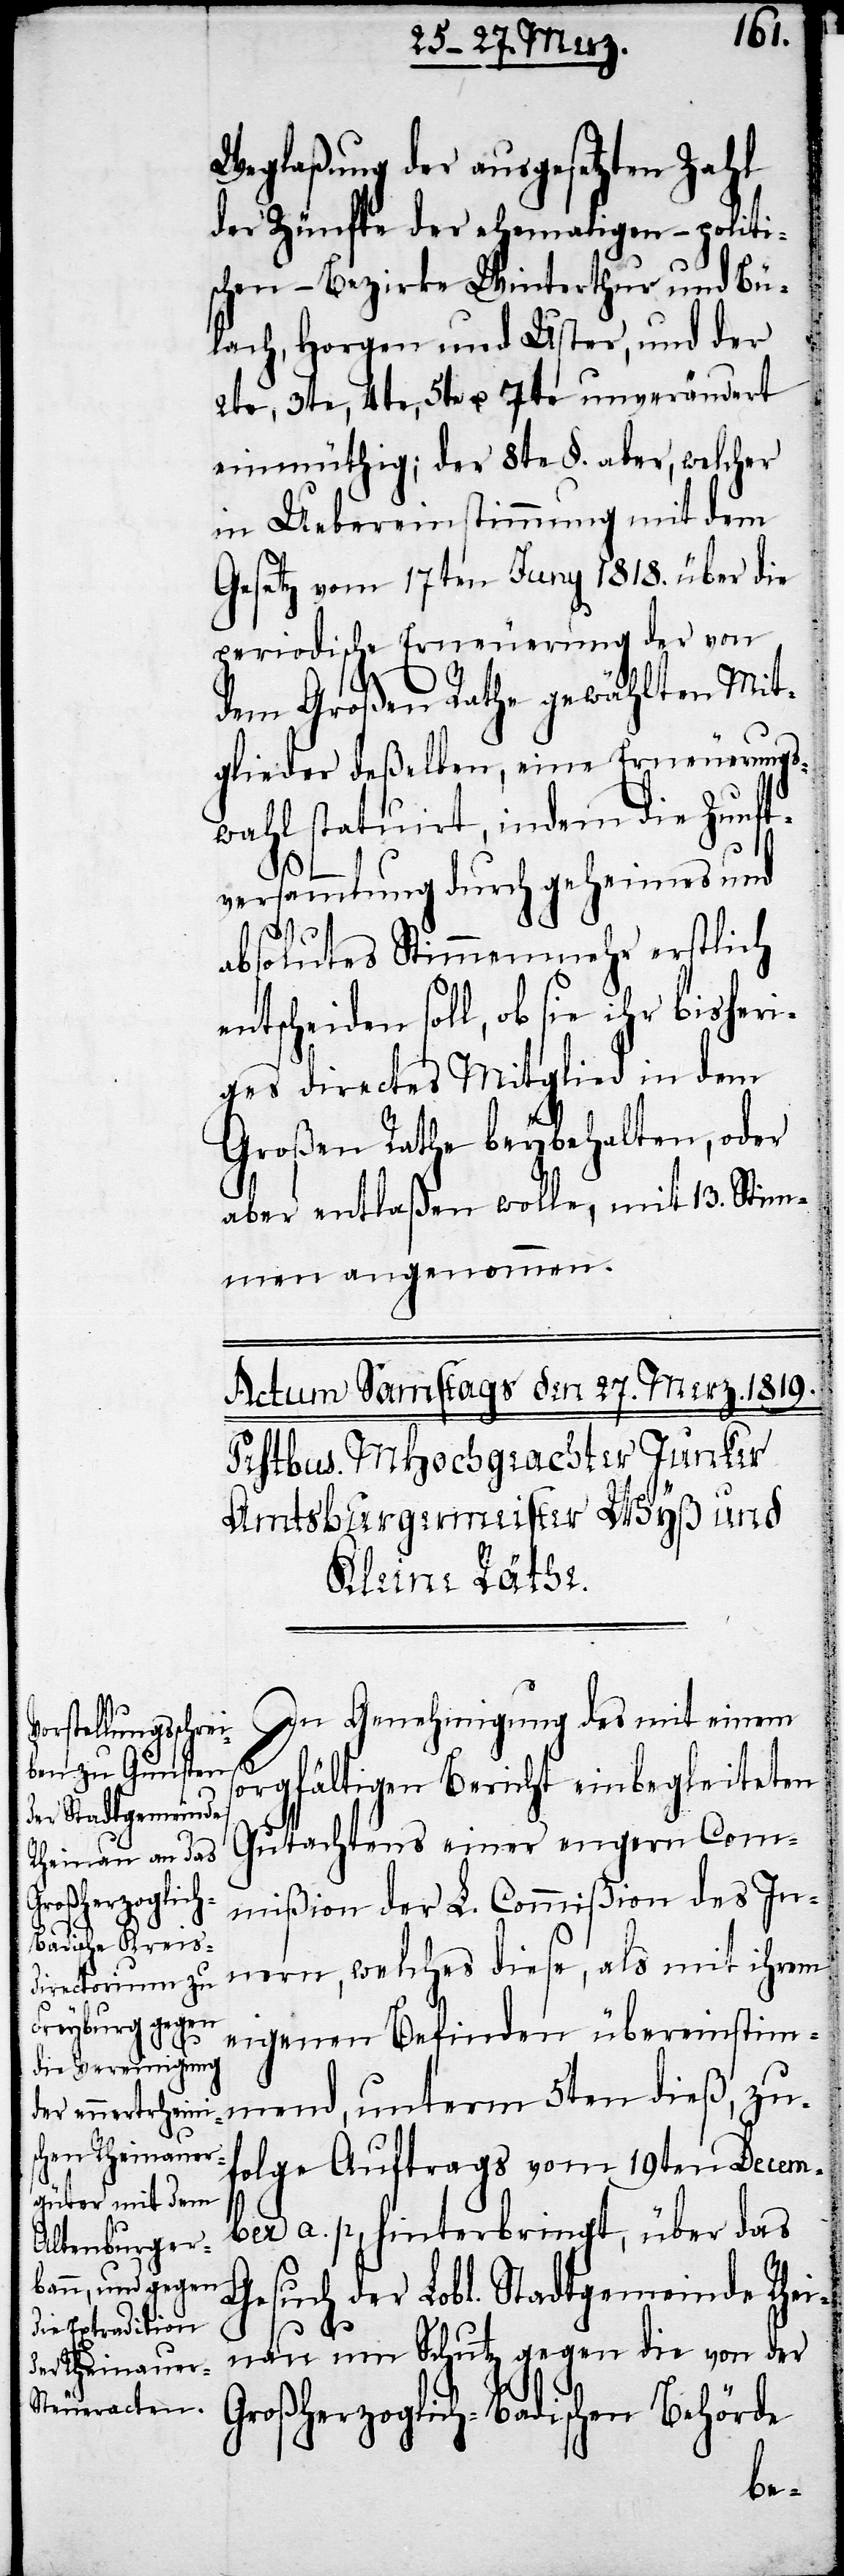
Weglaßung der ausgesetzten Zahl
der Zünfte der ehemaligen-politi¬
schen-Bezirke Winterthur und Bü¬
lach, Horgen und Uster, und der
2te, 3te, 4te, 5te u. 7te unverändert
einmüthig; der 8te §. aber, welcher
in Uebereinstimmung mit dem
Gesetz vom 17ten Juni 1818. über die
periodische Erneuerung der von
dem Großen Rathe gewählten Mit¬
glieder deßelben, eine Erneuerungs¬
wahl statuirt, indem die Zunft¬
versammlung durch geheimes und
absolutes Stimmenmehr erstlich
entscheiden soll, ob sie ihr
ges directes Mitglied in dem
Großen Rathe beybehalten, oder
aber entlaßen wolle, mit 13. Stim¬
men angenommen.
In Genehmigung des mit einem
orgfältigen Bericht einbegleiteten
Gutachtens einer engern Com¬
bisheri¬
mißion der L. Commißion des In¬
nern, welches diese, als mit ihrem
eigenen Befinden übereinstimm¬
s¬
end, unterm 5ten dieß, zu¬
folge Auftrags vom 19ten Decem¬
ber a. p., hinterbringt, über das
Gesuch der Lobl. Stadtgemeinde Rhei¬
nau um Schutz gegen die von der
Großherzoglich-Badischen Behörde